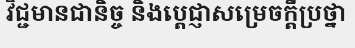
វិជ្ជមានជានិច្ច និងប្តេជ្ញាសម្រេចក្តីប្រថ្នា